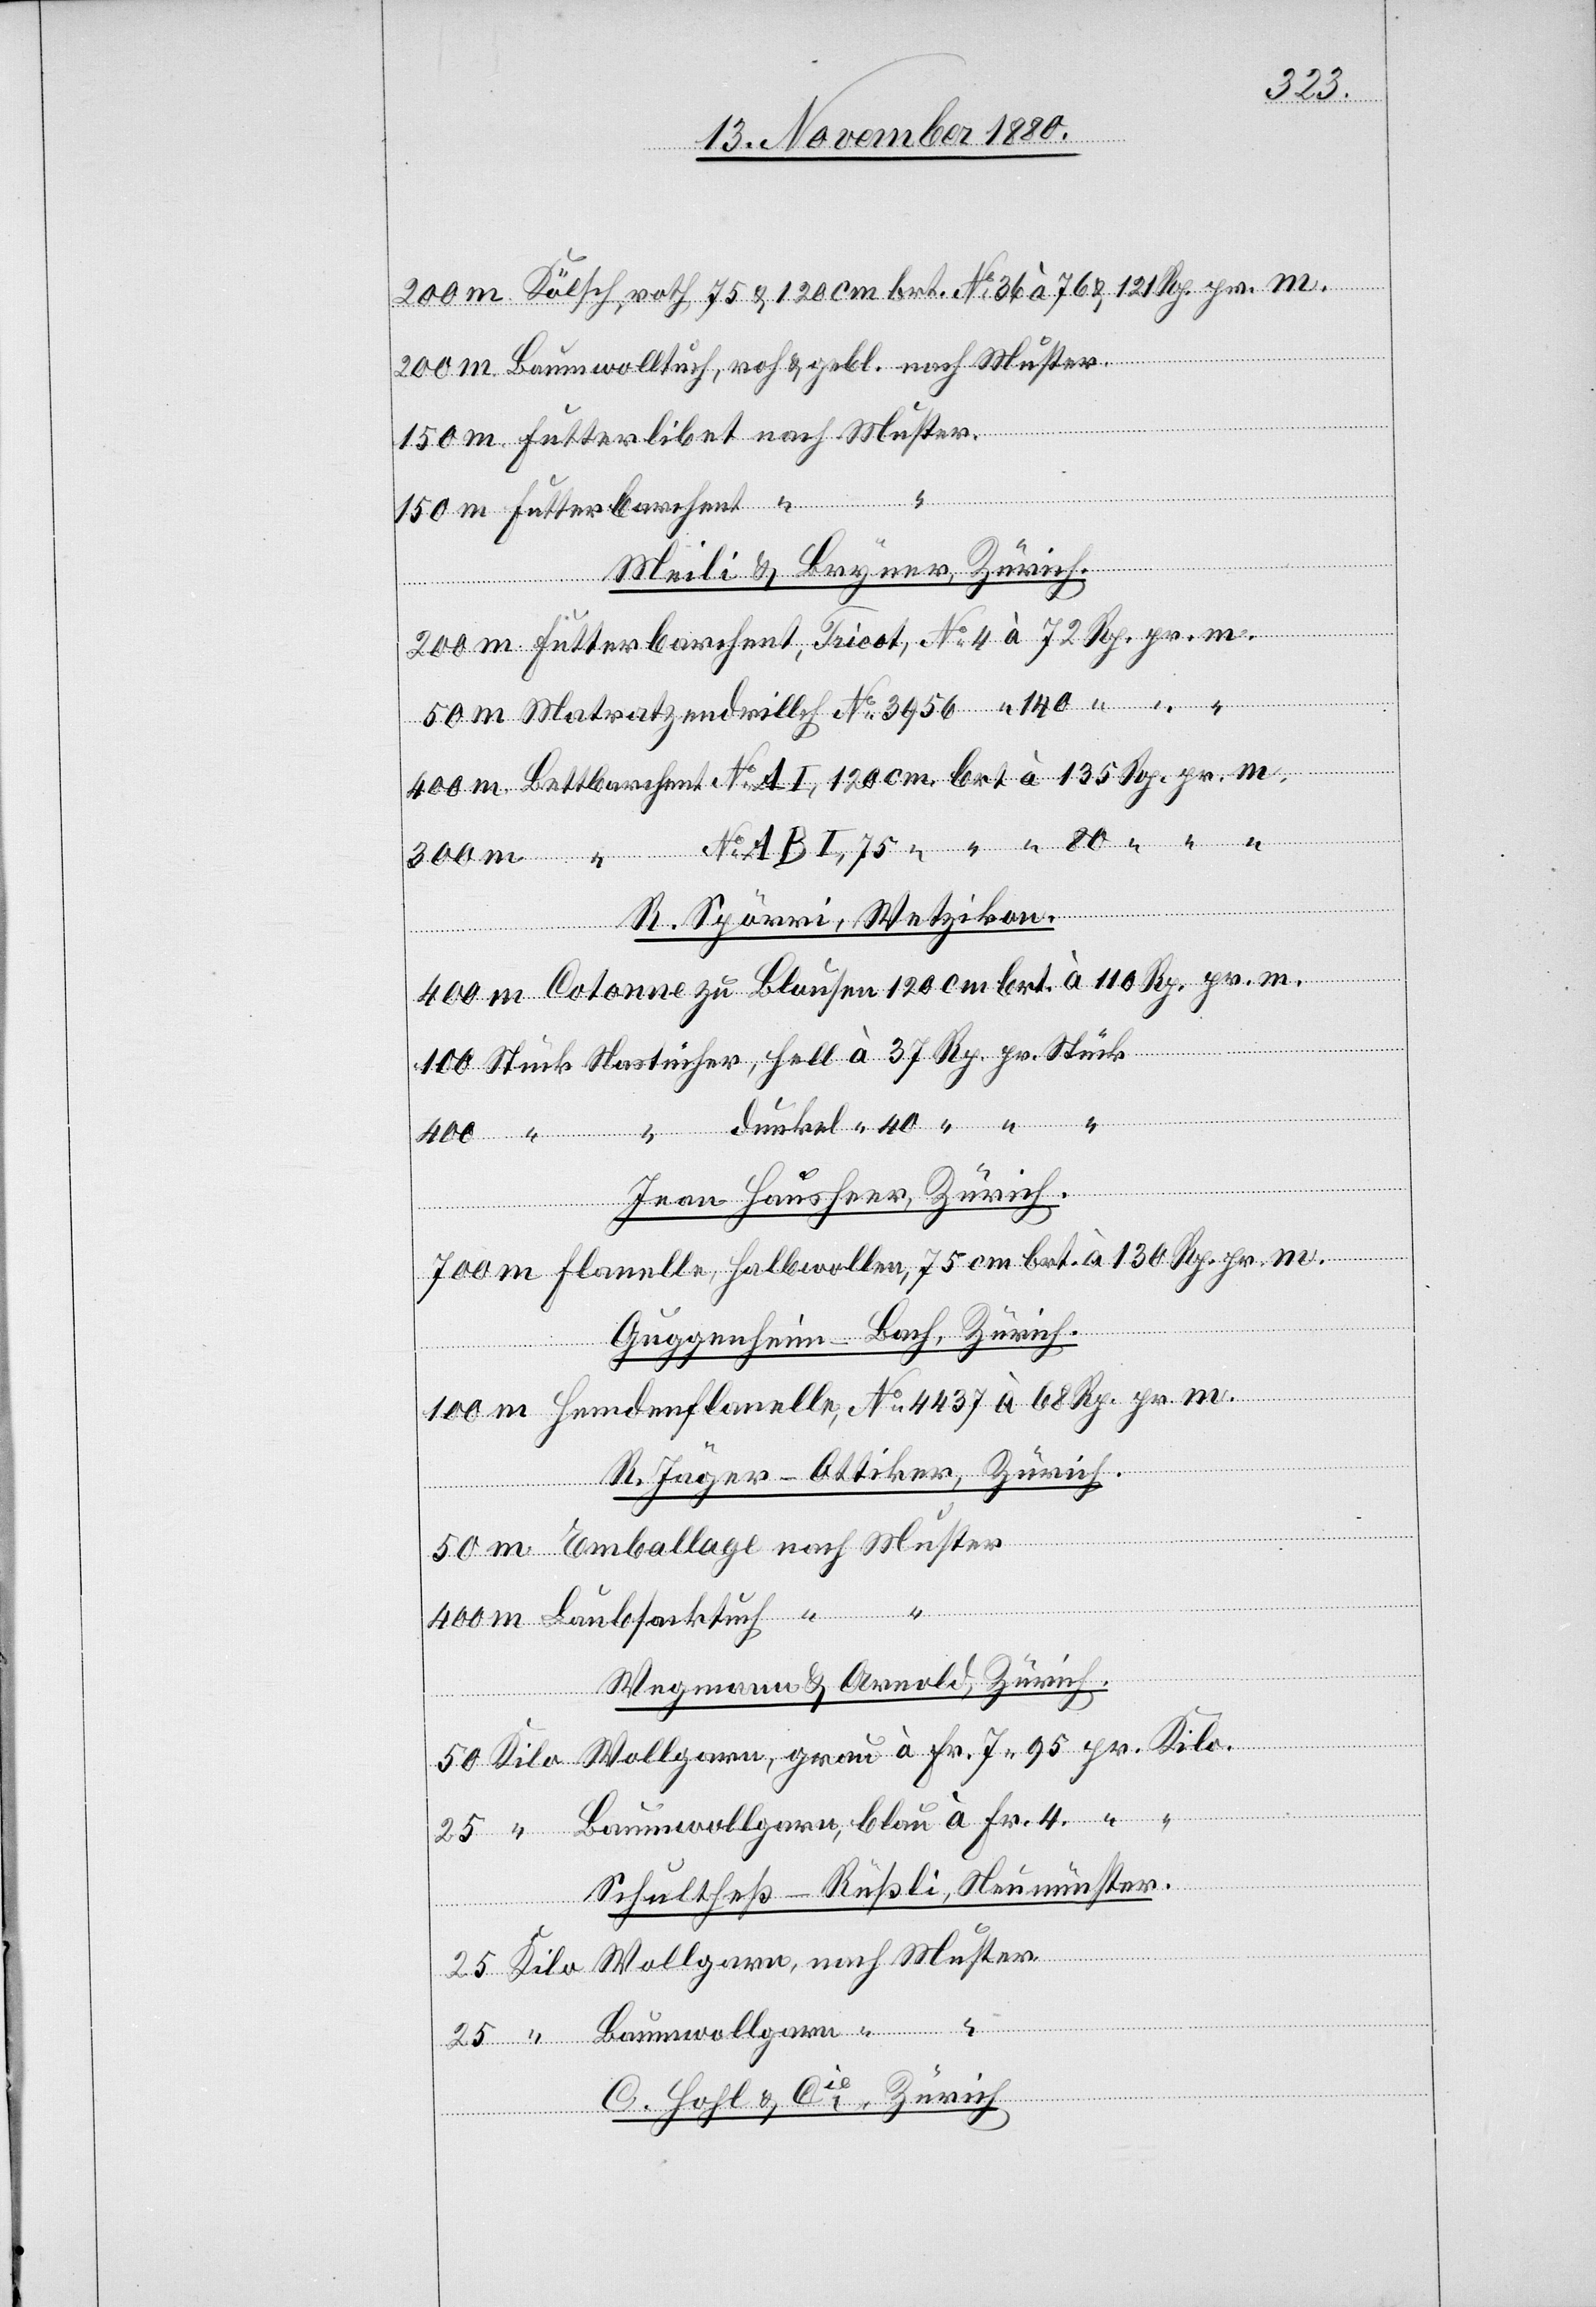
Kölsch, roth 75 & 120 cm brt. No 36 à 76 & 121 Rp. pr. m.
Baumwolltuch, roth & gebl. nach Muster
Meili & Bryner, Zürich.
R. Spörri, Wetzikon.
Cotonne zu Blouson 120 cm brt. à 110 Rp. pr. m.
Jean Hausheer, Zürich.
Flanelle, Halbwollen, 75 cm brt. à 130 Rp. pr. m.
Guggenheim-Bach, Zürich.
Hemdenflanelle, No 4437 à 68 Rp. pr. m.
R. Jäger-Attiker, Zürich.
nach
25
Wegmann & Arnold, Zürich.
Schultheß-Rüßli, Neumünster.
Muster
Fr.
C. Hohl & Cie, in Zürich.